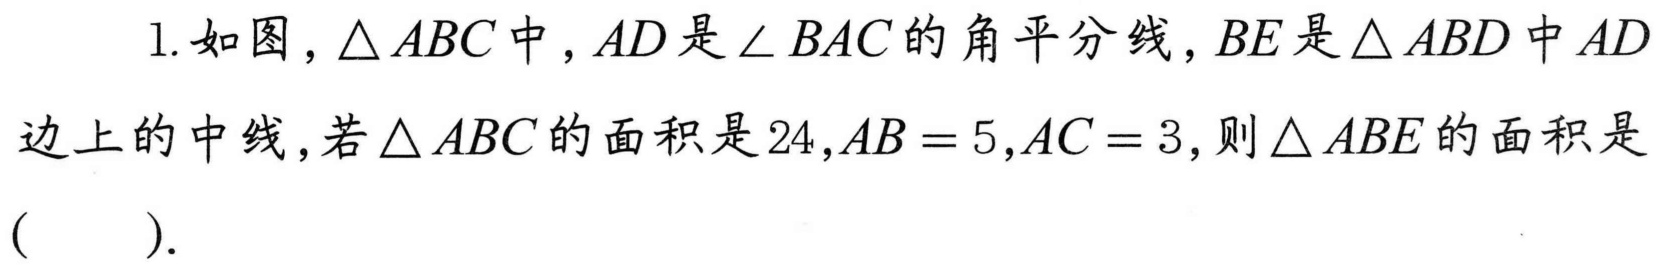
1. 如图，\(\triangle ABC\)中，\(AD\)是\(\angle BAC\)的角平分线，\(BE\)是\(\triangle ABD\)中\(AD\)
边上的中线，若\(\triangle ABC\)的面积是\(24\)，\(AB = 5\)，\(AC = 3\)，则\(\triangle ABE\)的面积是
( ).